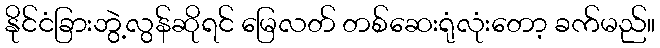
နိုင်ငံခြားဘွဲ့လွန်ဆိုရင် မြေလတ် တစ်ဆေးရုံလုံးတော့ ခက်မည်။